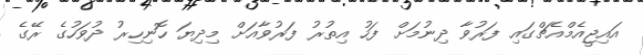
އައިޖީއެމްއެޗްގައި ފަރުވާ ދިނުމަށް ފަހު އިތުރު ފަރުވާއަށް މިދިޔަ ހޮނިހިރު ދުވަހުގެ ރޭގެ